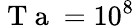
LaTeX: \mathrm{~T~a~}=10^{8}